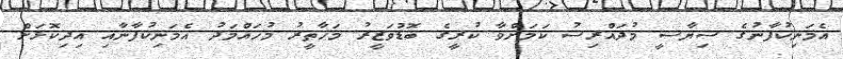
އެމަނިކުފާނުގެ ސިޔާސީ މުދައްރިސު ކަމަށްވާ ކުރީގެ ބޮޑުވަޒީރު މަހާތީރު މުހައްމަދު އެމަނިކުފާނާއި އިދިކޮޅަށް